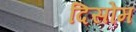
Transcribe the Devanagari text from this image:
दिसोम